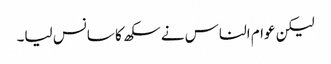
لیکن عوام الناس نے سکھ کا سانس لیا۔